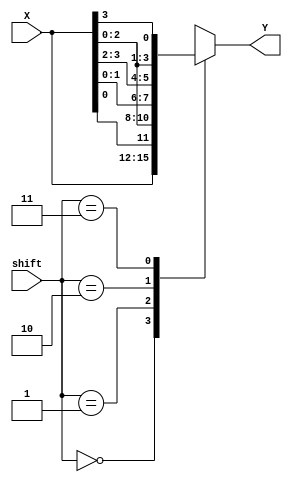
module barrel_shifter_4b(
    input [3:0] X,
    input [1:0] shift,
    output reg [3:0] Y
    );
    
    always @*
        case(shift)
            2'b00: Y = X;
            2'b01: Y = {X[0], X[2:0]};
            2'b10: Y = {X[1:0], X[3:2]};
            2'b11: Y = {X[2:0], X[3]};
        endcase
        
endmodule